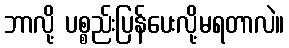
ဘာလို့ ပစ္စည်းပြန်ပေးလို့မရတာလဲ။